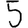
Digit: 5